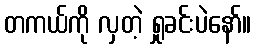
တကယ်ကို လှတဲ့ ရှုခင်းပဲနော်။